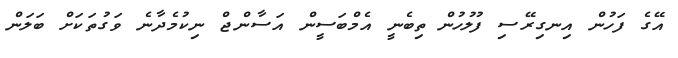
އޭގެ ފަހުން އިނގިރޭސި ފުލުހުން ތިބެނީ އެމްބަސީން އަސާންޖް ނިކުމެދާނެ ވަގުތަކަށް ބަލަން